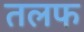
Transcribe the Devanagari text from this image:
तलफ